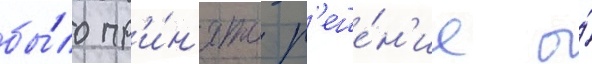
бы́ло пр'и́н'ято р'еше́н'ие о́